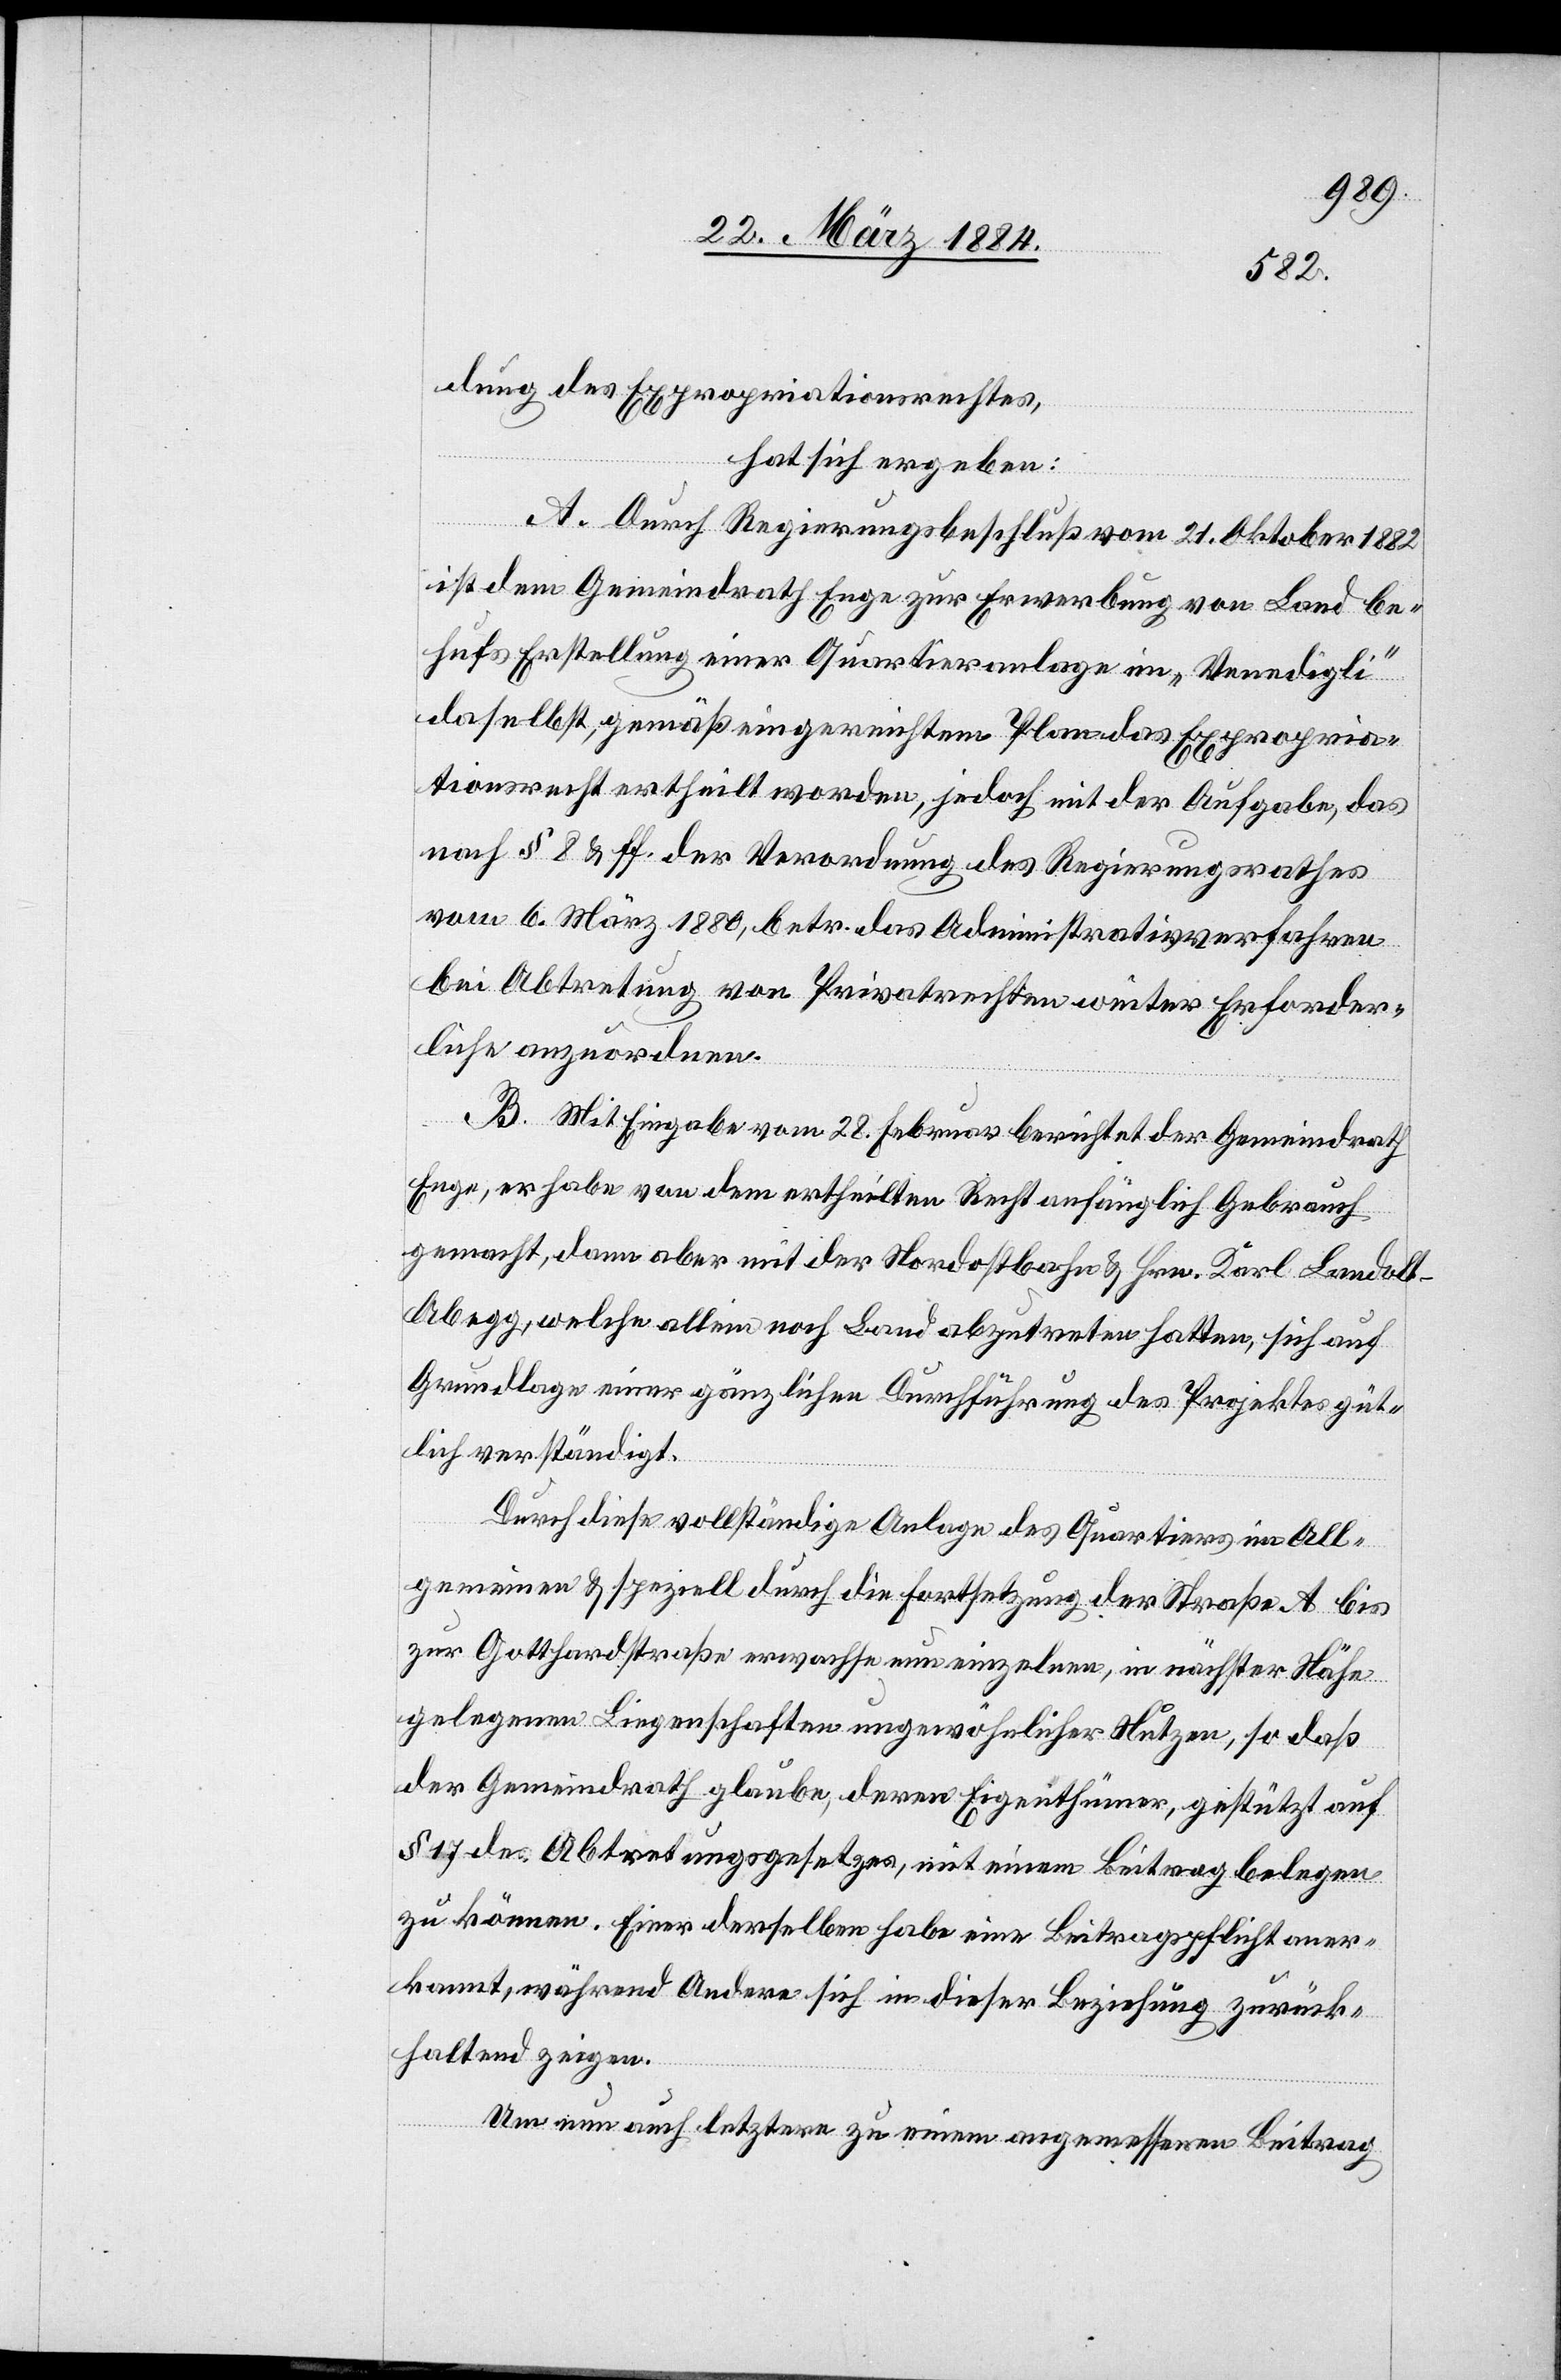
dung des Expropriationsrechtes,
hat sich ergeben:
A. Durch Regierungsbeschluß vom 21. Oktober 1882
ist dem Gemeindrath Enge zur Erwerbung von Land be¬
hufs Erstellung einer Quartieranlage im „Venedigli“
daselbst, gemäß eingereichtem Plan das Expropria¬
tionsrecht ertheilt worden, jedoch mit der Aufgabe, das
nach § 8 & ff. der Verordnung des Regierungsrathes
vom 6. März 1880, betr. das Administrativverfahren
bei Abtretung von Privatrechten weiter Erforder¬
liche anzuordnen.
B. Mit Eingabe vom 28. Februar berichtet der Gemeindrath
Enge, er habe von dem ertheilten Recht anfänglich Gebrauch
gemacht, dann aber mit der Nordostbahn & Hrn. Karl Landolt-A¬
begg, welche allein noch Land abzutreten hatten, sich auf
Grundlage einer gänzlichen Durchführung des Projektes güt¬
lich verständigt.
Durch diese vollständige Anlage des Quartiers im All¬
gemeinen & speziell durch die Fortsetzung der Straße A bis
zur Gotthardstraße erwachse einer einzelnen, in nächster Nähe
gelegenen Liegenschaft ungewöhnlicher Nutzen, so daß
der Gemeindrath glaube, deren Eigenthümer, gestützt auf
§ 17 des Abtretungsgesetzes, mit einem Beitrag belegen
zu können. Einer derselben habe eine Beitragspflicht aner¬
kannt, während Andere sich in dieser Beziehung zurück¬
haltend zeigen.
Um nun auch letztere zu einem angemessenen Beitrag